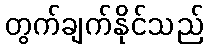
တွက်ချက်နိုင်သည်